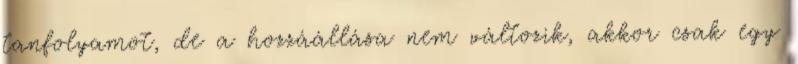
tanfolyamot, de a hozzáállása nem változik, akkor csak egy